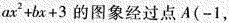
ax^{2}+bx+3的图象经过点A(-1，